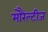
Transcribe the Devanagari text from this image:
मोरैल्टीज